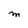
Character: M